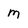
Character: M